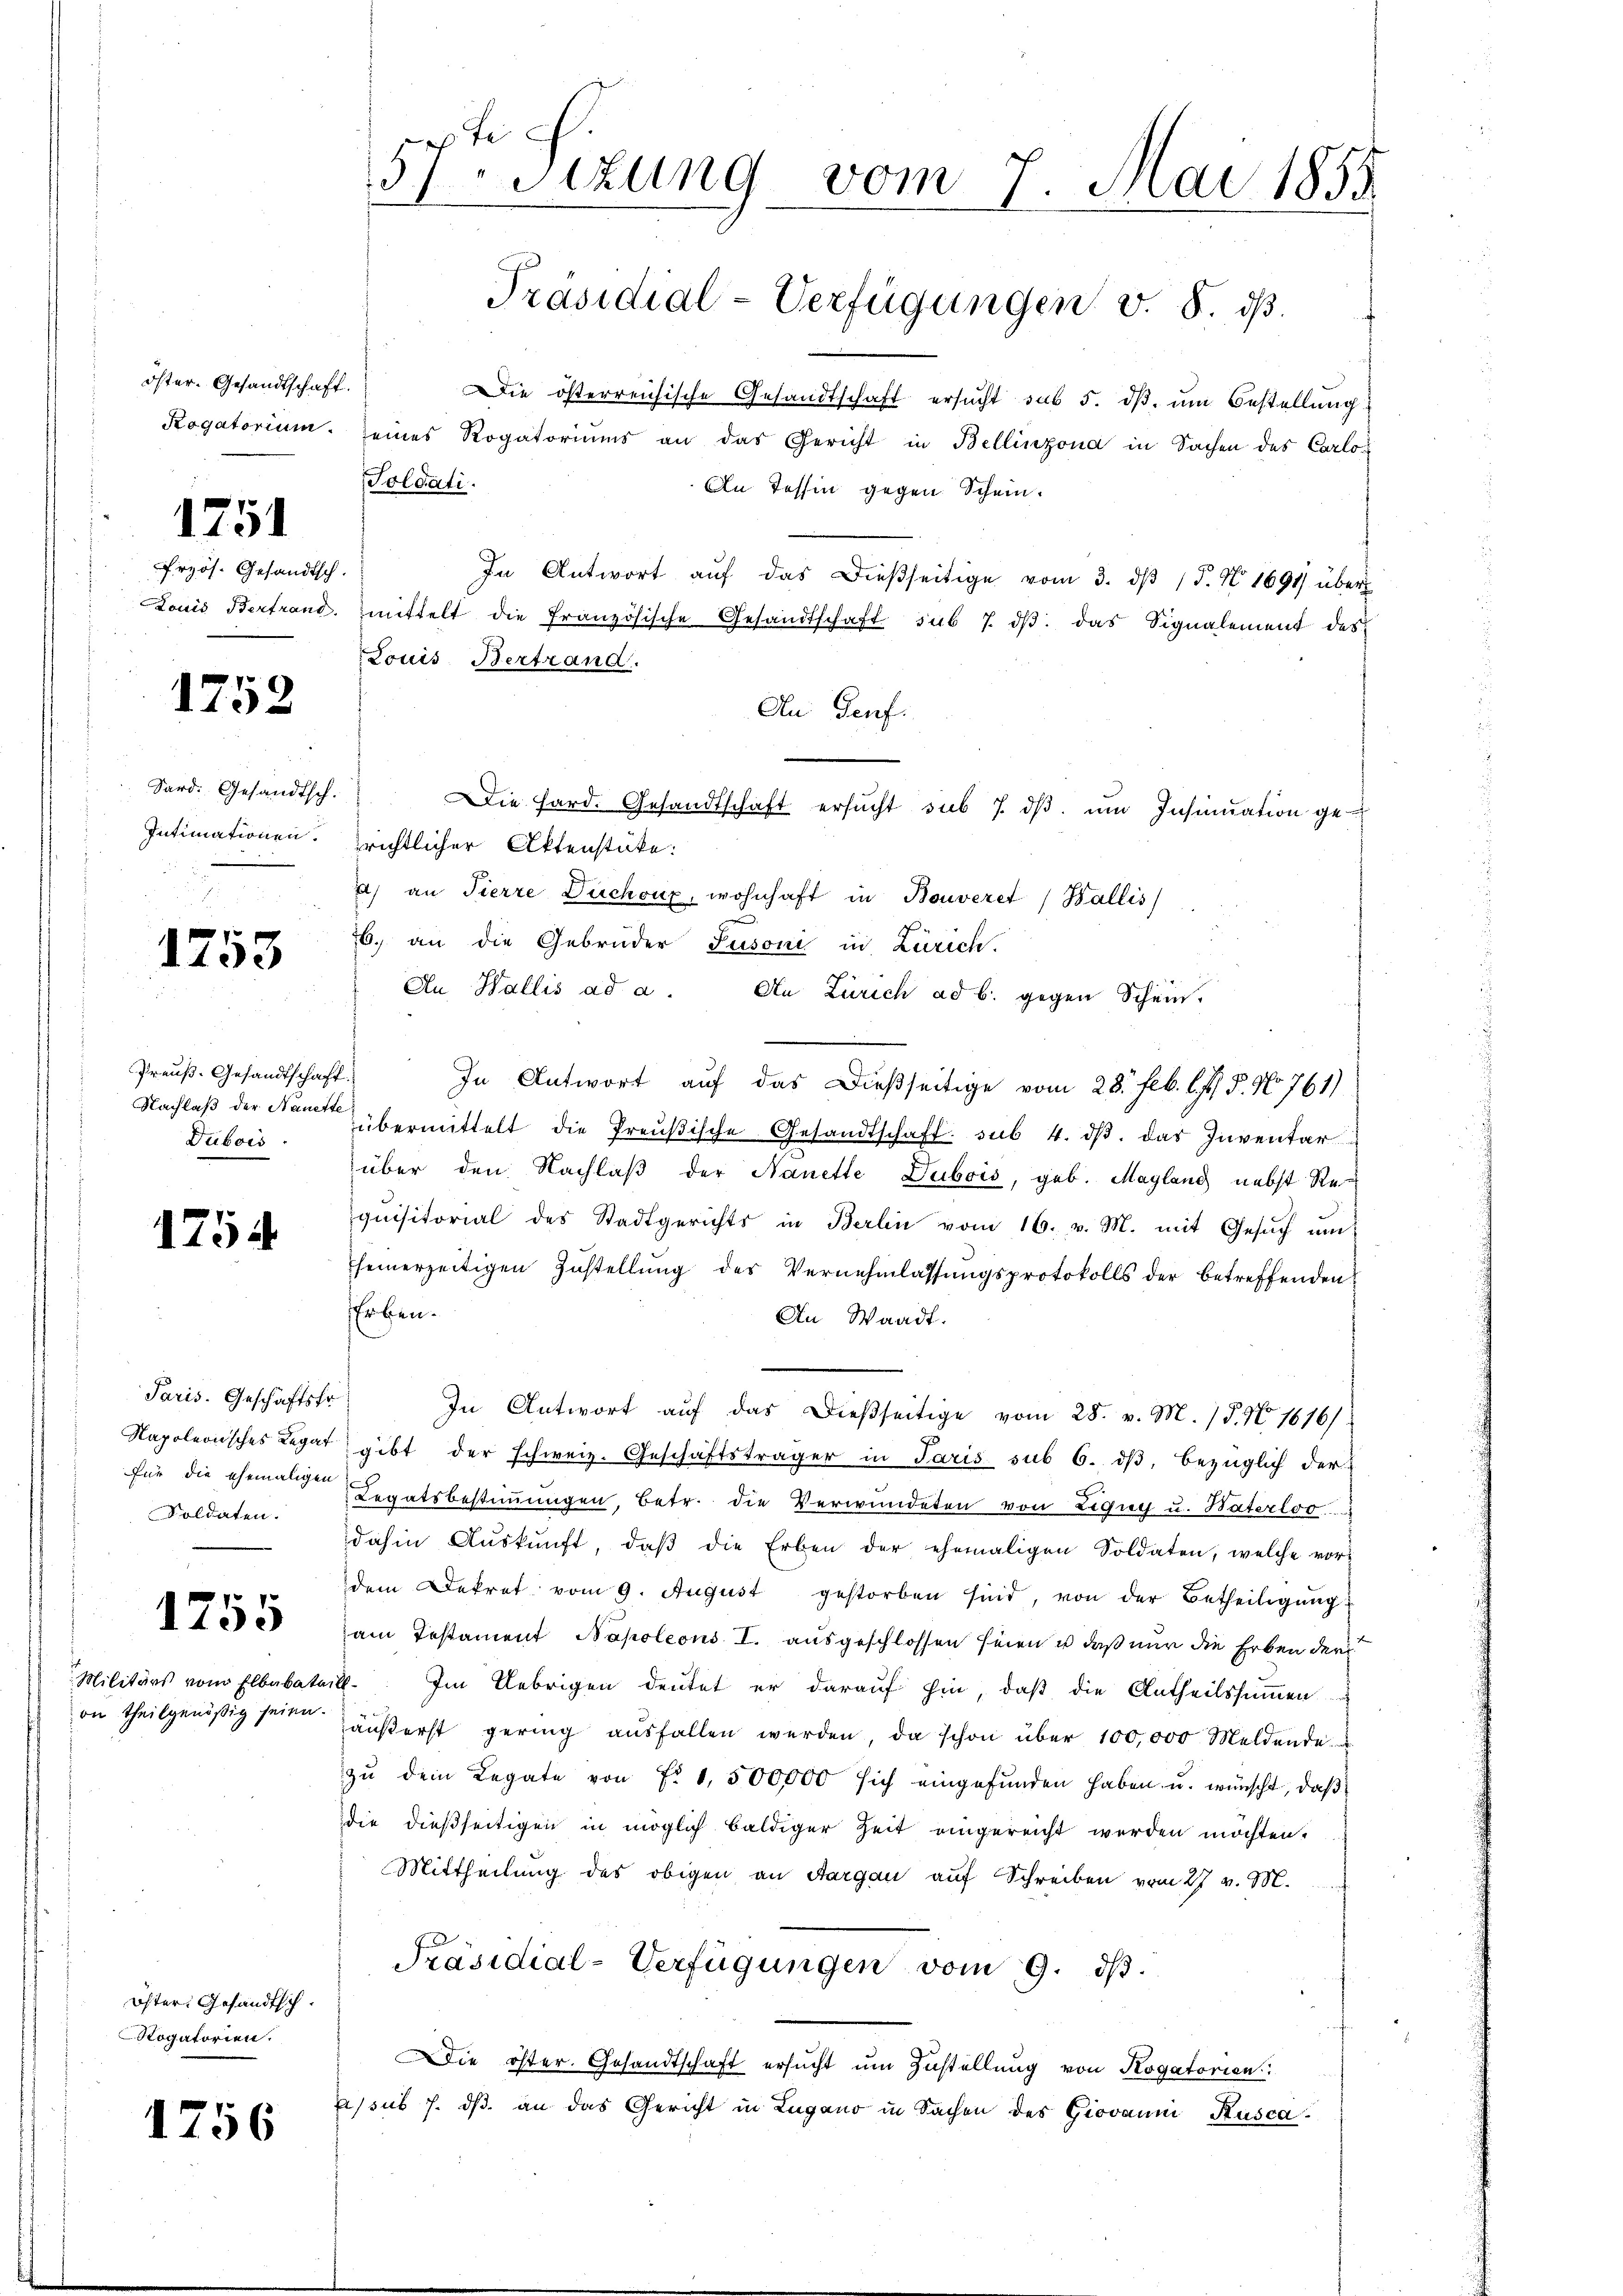
öster. Gesandtschaft.
Rogatorium.

1751

Przös. Gesandtsch.

1752

Sard. Gesandtsch.
Intimationen.

1753

Preuß. Gesandtschaft.
Nachlaß der Nanette
Dubois

1754

Paris. Geschäftsfr
Napoleonisches Regat
Soldaten.

1755

Militärs vom Elbabaten
on theilgenößig seien.

Öster. Gesandtsch.
Rogatorien.

1756

57ten Sizung vom 7. Mai 1855.
Präsidial-Verfügungen v. 8. ds.

Die österreichische Gesandtschaft ersŭcht sub 5. dβ ŭm Bestellŭng
seines Rogatoriums an das Gericht in Bellinzona in Sachen des Carlos
Soldati.
An Tessin gegen Schein.
In Antwort aŭf das dießseitige vom 3. dβ P. Nr. 1691 über
Louis Bertrand, mittelt die französische Gesandtschaft sub 7. dβ das Signalement des
Louis Bertrand.
An Genf.
Die Hard. Gesandtschaft ersucht sub 7. dβ. um Insinuation ge
richtlicher Aktenstücke:
) an Tierre Duchoux, wohnhaft in Bouveret (Wallis
6. an die Gebrüder Susoni in Zürich.
An Wallis ad a. An Zürich ad b. gegen Schein
In Antwort auf das dießseitige vom 28. Feb. l. J. P. No 761)
übermittelt die Preŭβische Gesandtschaft. sub. 4. dβ das Inventar
über den Nachlaβ der Nanette Dubois, geb. Mayland nebst Re-
quisitorial des Stadtgerichts in Berlin vom 16. v. M. mit Gesŭch ŭm
feinerzeitigen Zustellung des Vernehmlassungsprotokolls der betreffenden
Erben.
An Waadt.
In Antwort aŭf das dießseitige vom 28. v. M. P. N. 1616).
gibt der schweiz. Geschäftsträger in Paris sub 6. dβ, bezüglich der
für die ehemaligen Legatsbestimmungen, betr. die Verwundeten von Ligug u. Haterloo
dahin Aŭskŭnft, daβ die Erben der ehemaligen Soldaten, welche vordem Dekret vom 9. August gestorben sind, von der Betheiligŭng.
am Testament Napoleons I. ausgeschlossen seien u daß nur die Erben der
4. Im Uebrigen deutet er darauf hin, daß die Antheilssummen
äŭβerst gering aŭsfallen werden, da schon über 100,000 Meldende
zŭ dem Legate von Fr. 1,500,000 sich eingefunden haben u. wünscht, daß
die dießseitigen in möglich baldiger Zeit eingereicht werden möchten.
Mittheilung des obigen an Sargau auf Schreiben vom 27. v. M.
Präsidial-Verfügungen vom 9. ds.
Die öster. Gesandtschaft ersucht um Zustellung von Rogatorien
essus J. ds. an das Gericht in Lugano in Sachen des Giovanni Rusca¬